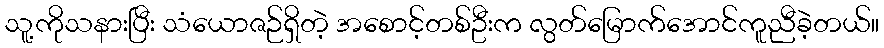
သူ့ကိုသနားပြီး သံယောဇဉ်ရှိတဲ့ အစောင့်တစ်ဦးက လွတ်မြောက်အောင်ကူညီခဲ့တယ်။